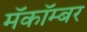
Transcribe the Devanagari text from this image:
मॅकॉम्बर